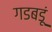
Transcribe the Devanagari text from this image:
गडबडूं